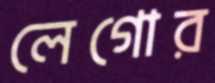
লেগোর